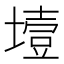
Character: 㙪